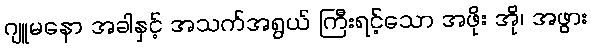
ဂျူမနော အခါနှင့် အသက်အရွယ် ကြီးရင့်သော အဖိုး အို၊ အဖွား